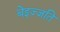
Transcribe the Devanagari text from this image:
बेइज़्ज़ति